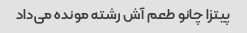
پیتزا چانو طعم آش رشته مونده می‌داد